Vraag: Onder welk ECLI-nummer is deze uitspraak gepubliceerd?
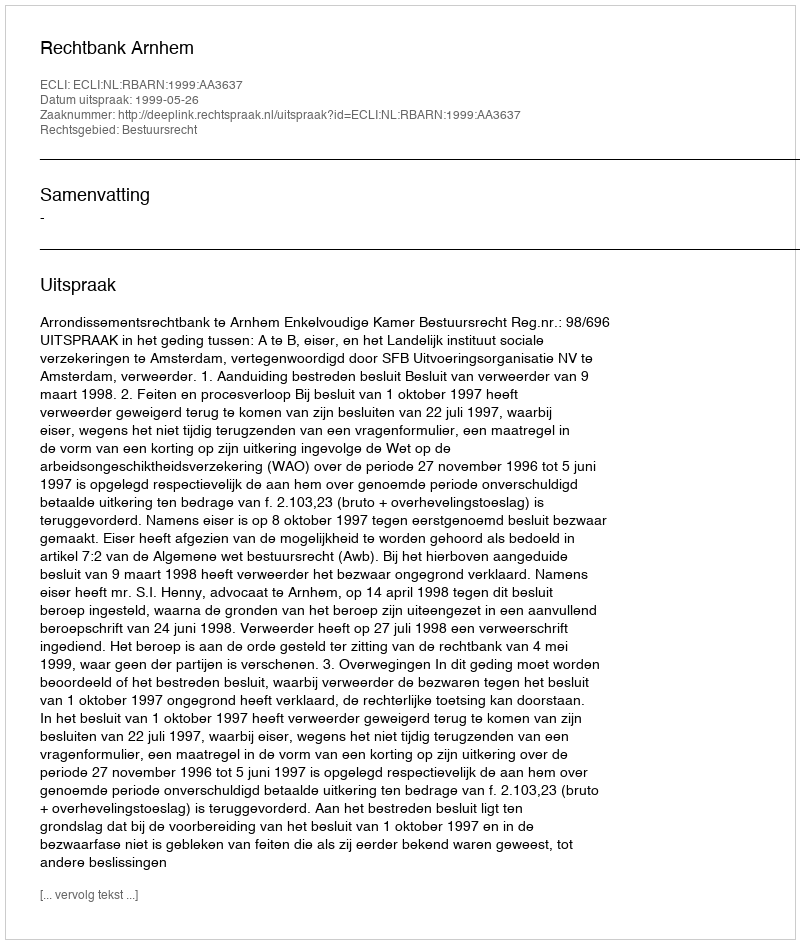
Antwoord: ECLI:NL:RBARN:1999:AA3637